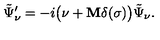
\tilde { \Psi } _ { \nu } ^ { \prime } = - i \bigl ( \nu + { \bf M } \delta ( \sigma ) \bigr ) \tilde { \Psi } _ { \nu } .